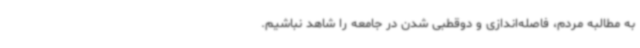
به مطالبه مردم، فاصله‌اندازی و دوقطبی شدن در جامعه را شاهد نباشیم.